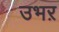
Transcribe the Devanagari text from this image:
उभऱ